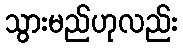
သွားမည်ဟုလည်း